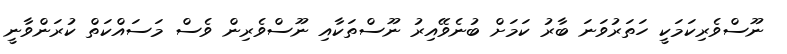
ނޫސްވެރިކަމަކީ ހަތަރުވަނަ ބާރު ކަމަށް ބުނެވޭއިރު ނޫސްތަކާއި ނޫސްވެރިން ވެސް މަސައްކަތް ކުރަންވާނީ